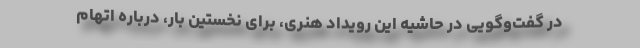
در گفت‌وگویی در حاشیه این رویداد هنری، برای نخستین بار، درباره اتهام